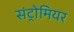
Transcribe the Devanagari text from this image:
संट्रोमियर